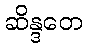
ဆိန္ဒတေ